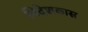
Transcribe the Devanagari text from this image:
निदेशकास